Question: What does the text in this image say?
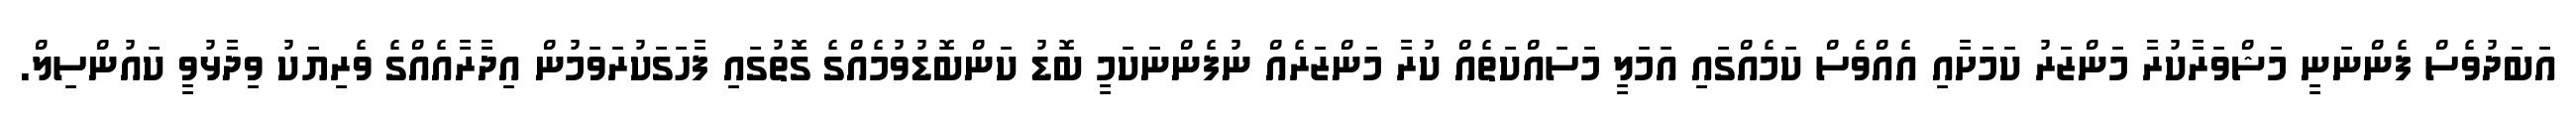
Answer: އަބަދުވެސް ފެންނަނީ މަޝްވަރާކުރާ މަންޒަރު ކަމަށާއި އެއްވެސް ކަމެއްގައި އަމަލީ މަސައްކަތެއް ކުރާ މަންޒަރެއް ނުފެންނަކަމީ ބޮޑު ކަންބޮޑުވުމެއްގެ ގޮތުގައި ފާހަގަކުރަވަމުން އިދާރާއެއްގެ ވެރިޔަކު ވިދާޅުވީ ކައުންސިލް.